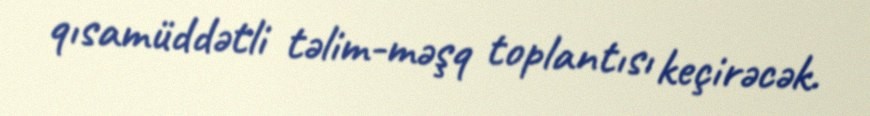
qısamüddətli təlim-məşq toplantısı keçirəcək.